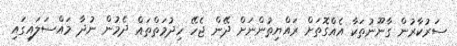
ސަރުކާރުން ގާނޫނުތަކާ އެއްގޮތަށް ރައްޔިތުންނަށް ދޭން ޖެހޭ ހިދުމަތްތައް ދެމުން ނުދާ މައްސަލައިގައި